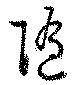
随